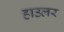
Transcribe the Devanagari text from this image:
हाउलर